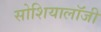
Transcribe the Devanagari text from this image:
सोशियालॉजी